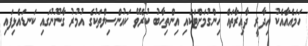
ހަމައެއާއެކު އިދާރީ ދާއިރާތައް ހިންގުމަށްޓަކައި އިންތިހާބު ކުރެވޭ ކައުންސިލްތަކުގެ އުމުރު ގާނޫނުގައި ކަނޑައެޅިފައި